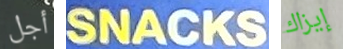
أجل SNACKS إيزاك